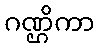
ဂဏ္ဌိကာ